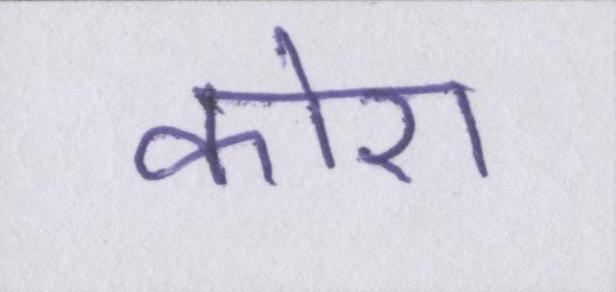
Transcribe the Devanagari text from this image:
कोरा